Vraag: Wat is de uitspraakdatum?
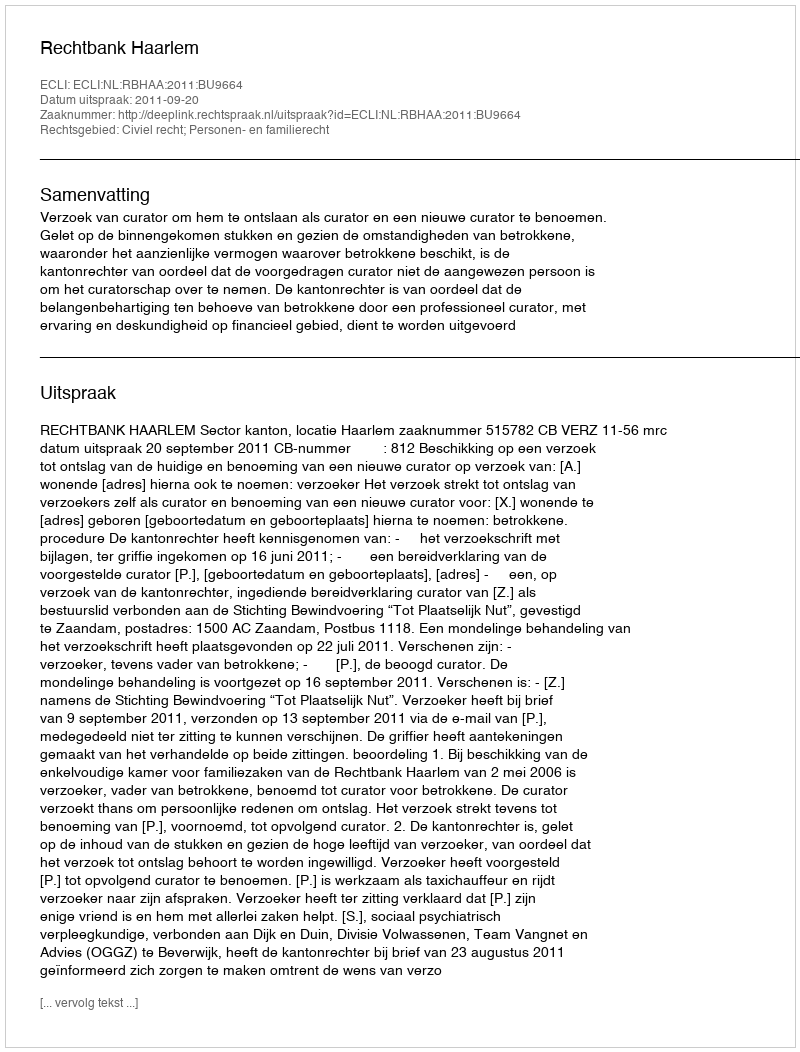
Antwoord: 2011-09-20